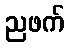
ညဖက်